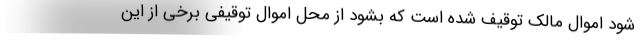
شود اموال مالک توقیف شده است که بشود از محل اموال توقیفی برخی از این